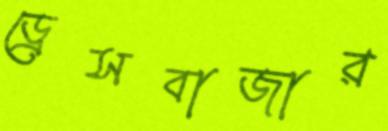
ড্রেসবাজার